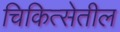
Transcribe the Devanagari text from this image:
चिकित्सेतील